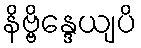
နိဗ္ဗိန္ဒေယျပိ